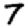
Digit: 7